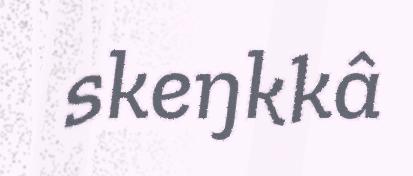
skeŋkkâ